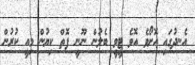
އެނދުގައި އޮށޯވެ އޮވެ ޓީވީ ބެލުން ނޫނީ ފޮތް ކިޔުން މިއީ ކުރުން